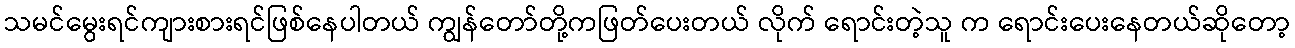
သမင်မွေးရင်ကျားစားရင်ဖြစ်နေပါတယ် ကျွန်တော်တို့ကဖြတ်ပေးတယ် လိုက် ရောင်းတဲ့သူ က ရောင်းပေးနေတယ်ဆိုတော့